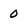
Character: 0